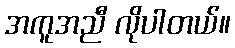
အကူအညီ လိုပါတယ်။